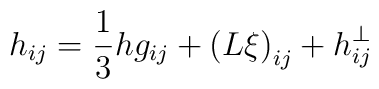
h_{ij}=\frac 13hg_{ij}+\left( L\xi \right) _{ij}+h_{ij}^{\bot }